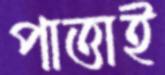
পাত্তাই